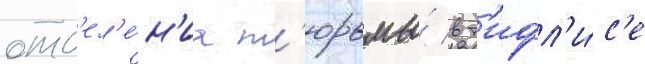
отд'ел'е́н'иа т'юрьмы́ в т'ифл'и́с'е